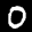
Label: 0